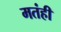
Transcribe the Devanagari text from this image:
मतंही